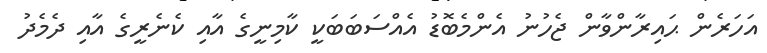
އަހަރެން ޙައިރާންވާން ޖެހުނު އެންމެބޮޑު އެއްސަބަބަކީ ކާމިނީގެ އާއި ކެނެރީގެ އާއި ދެމެދު